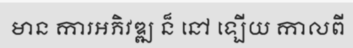
មាន ការអភិវឌ្ឍ ន៏ នៅ ឡើយ កាលពី